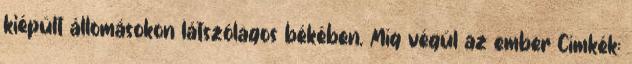
kiépült állomásokon látszólagos békében. Míg végül az ember Címkék: